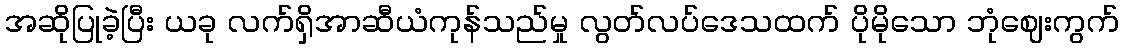
အဆိုပြုခဲ့ပြီး ယခု လက်ရှိအာဆီယံကုန်သည်မှု လွတ်လပ်ဒေသထက် ပိုမိုသော ဘုံဈေးကွက်